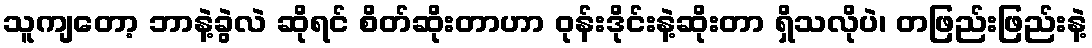
သူကျတော့ ဘာနဲ့ခွဲလဲ ဆိုရင် စိတ်ဆိုးတာဟာ ဝုန်းဒိုင်းနဲ့ဆိုးတာ ရှိသလိုပဲ၊ တဖြည်းဖြည်းနဲ့